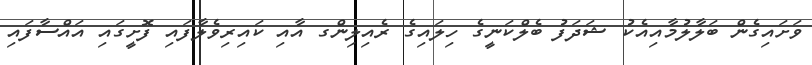
ވަށައިގެން ބަލާލުމާއިއެކު ޝަދަފު ބެލްކަނީގެ ހިލައިގެ ރެއިލިންގ އާއި ކައިރިވެލާފައި ފޮށީގައި އައްސާފައި